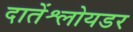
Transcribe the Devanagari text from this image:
दातेंश्लोयडर